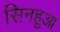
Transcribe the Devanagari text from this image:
सिनहुआ